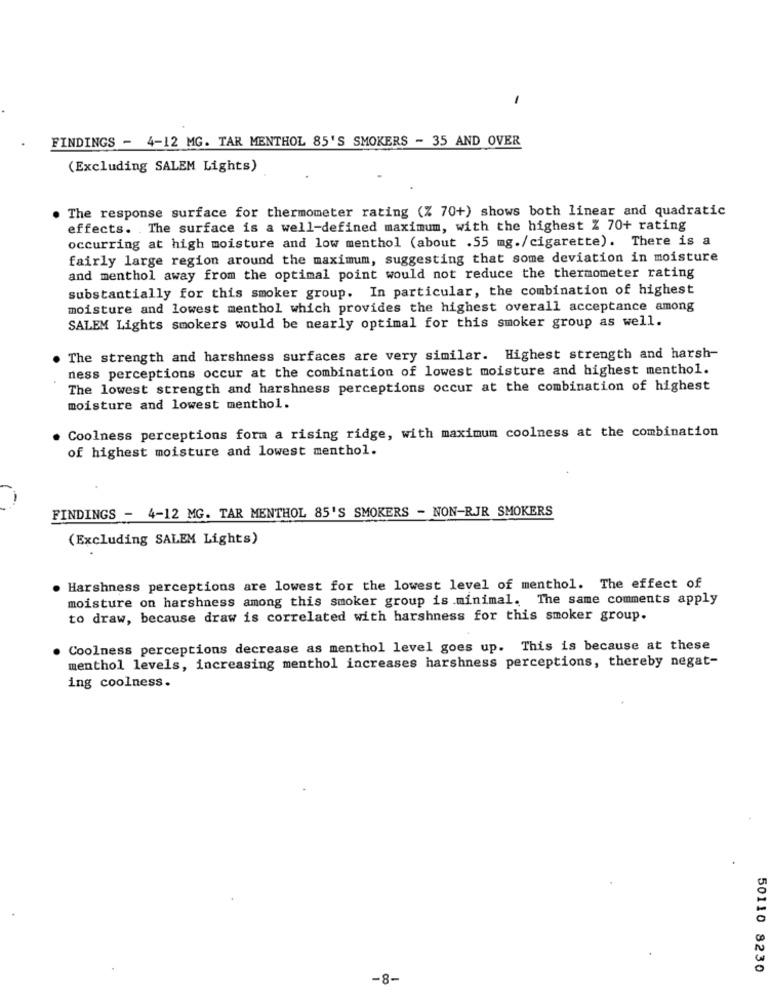
-
FINDINGS - 4-12 MG. TAR MENTHOL 85'S SMOKERS - 35 AND OVER
(Excluding SALEM Lights)
The response surface for thermometer rating (% 70+) shows both linear and quadratic
effects. The surface is a well-defined maximum, with the highest % 70+ rating
occurring at high moisture and low menthol (about .55 mg./cigarette). There is a
fairly large region around the maximum, suggesting that some deviation in moisture
and menthol away from the optimal point would not reduce the thermometer rating
substantially for this smoker group. In particular, the combination of highest
moisture and lowest menthol which provides the highest overall acceptance among
SALEM Lights smokers would be nearly optimal for this smoker group as well.
The strength and harshness surfaces are very similar. Highest strength and harsh-
ness perceptions occur at the combination of lowest moisture and highest menthol.
The lowest strength and harshness perceptions occur at the combination of highest
moisture and lowest menthol.
Coolness perceptions fora a rising ridge, with maximum coolness at the combination
of highest moisture and lowest menthol.
-
FINDINGS - 4-12 MG. TAR MENTHOL 85'S SMOKERS - NON-RJR SMOKERS
(Excluding SALEM Lights)
Harshness perceptions are lowest for the lowest level of menthol. The effect of
moisture on harshness among this smoker group is minimal. The same comments apply
to draw, because draw is correlated with harshness for this smoker group.
Coolness perceptions decrease as menthol level goes up. This is because at these
menthol levels, increasing menthol increases harshness perceptions, thereby negat-
ing coolness.
50110 8230
-8-